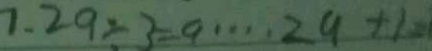
7 . 2 9 \div 3 = 9 \cdots 2 9 + 1 =